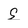
Character: S